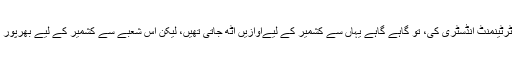
اگر بات کی جائے انٹرٹینمنٹ انڈسٹری کی، تو گاہے گاہے یہاں سے کشمیر کے لیےآوازیں اٹھ جاتی تھیں، لیکن اس شعبے سے کشمیر کے لیے بھرپور آواز کبھی نہیں اٹھی۔